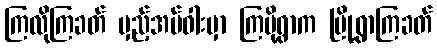
ကြလိုကြခတ် မှည့်အပ်ဝါးမှာ ကြပို့ရွာက မြို့ရွာကြခတ်